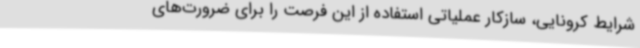
شرایط کرونایی، سازکار عملیاتی استفاده از این فرصت را برای ضرورت‌های